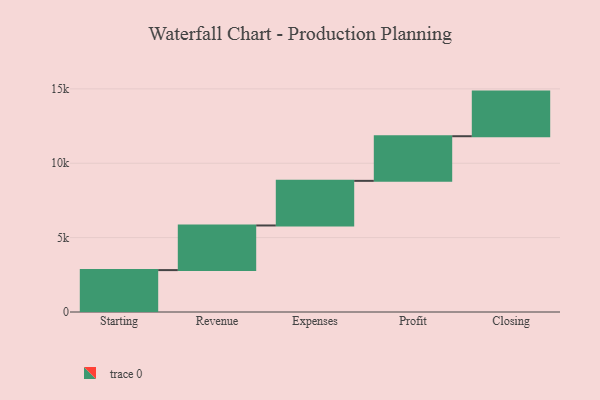
{"axis": {"x": "Step", "y": "Value"}, "legend": [""], "data": [{"x": "Starting", "y": 2817.0, "type": ""}, {"x": "Revenue", "y": 3000, "type": ""}, {"x": "Expenses", "y": 3000, "type": ""}, {"x": "Profit", "y": 3000, "type": ""}, {"x": "Closing", "y": 3000, "type": ""}]}